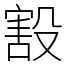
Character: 㲅